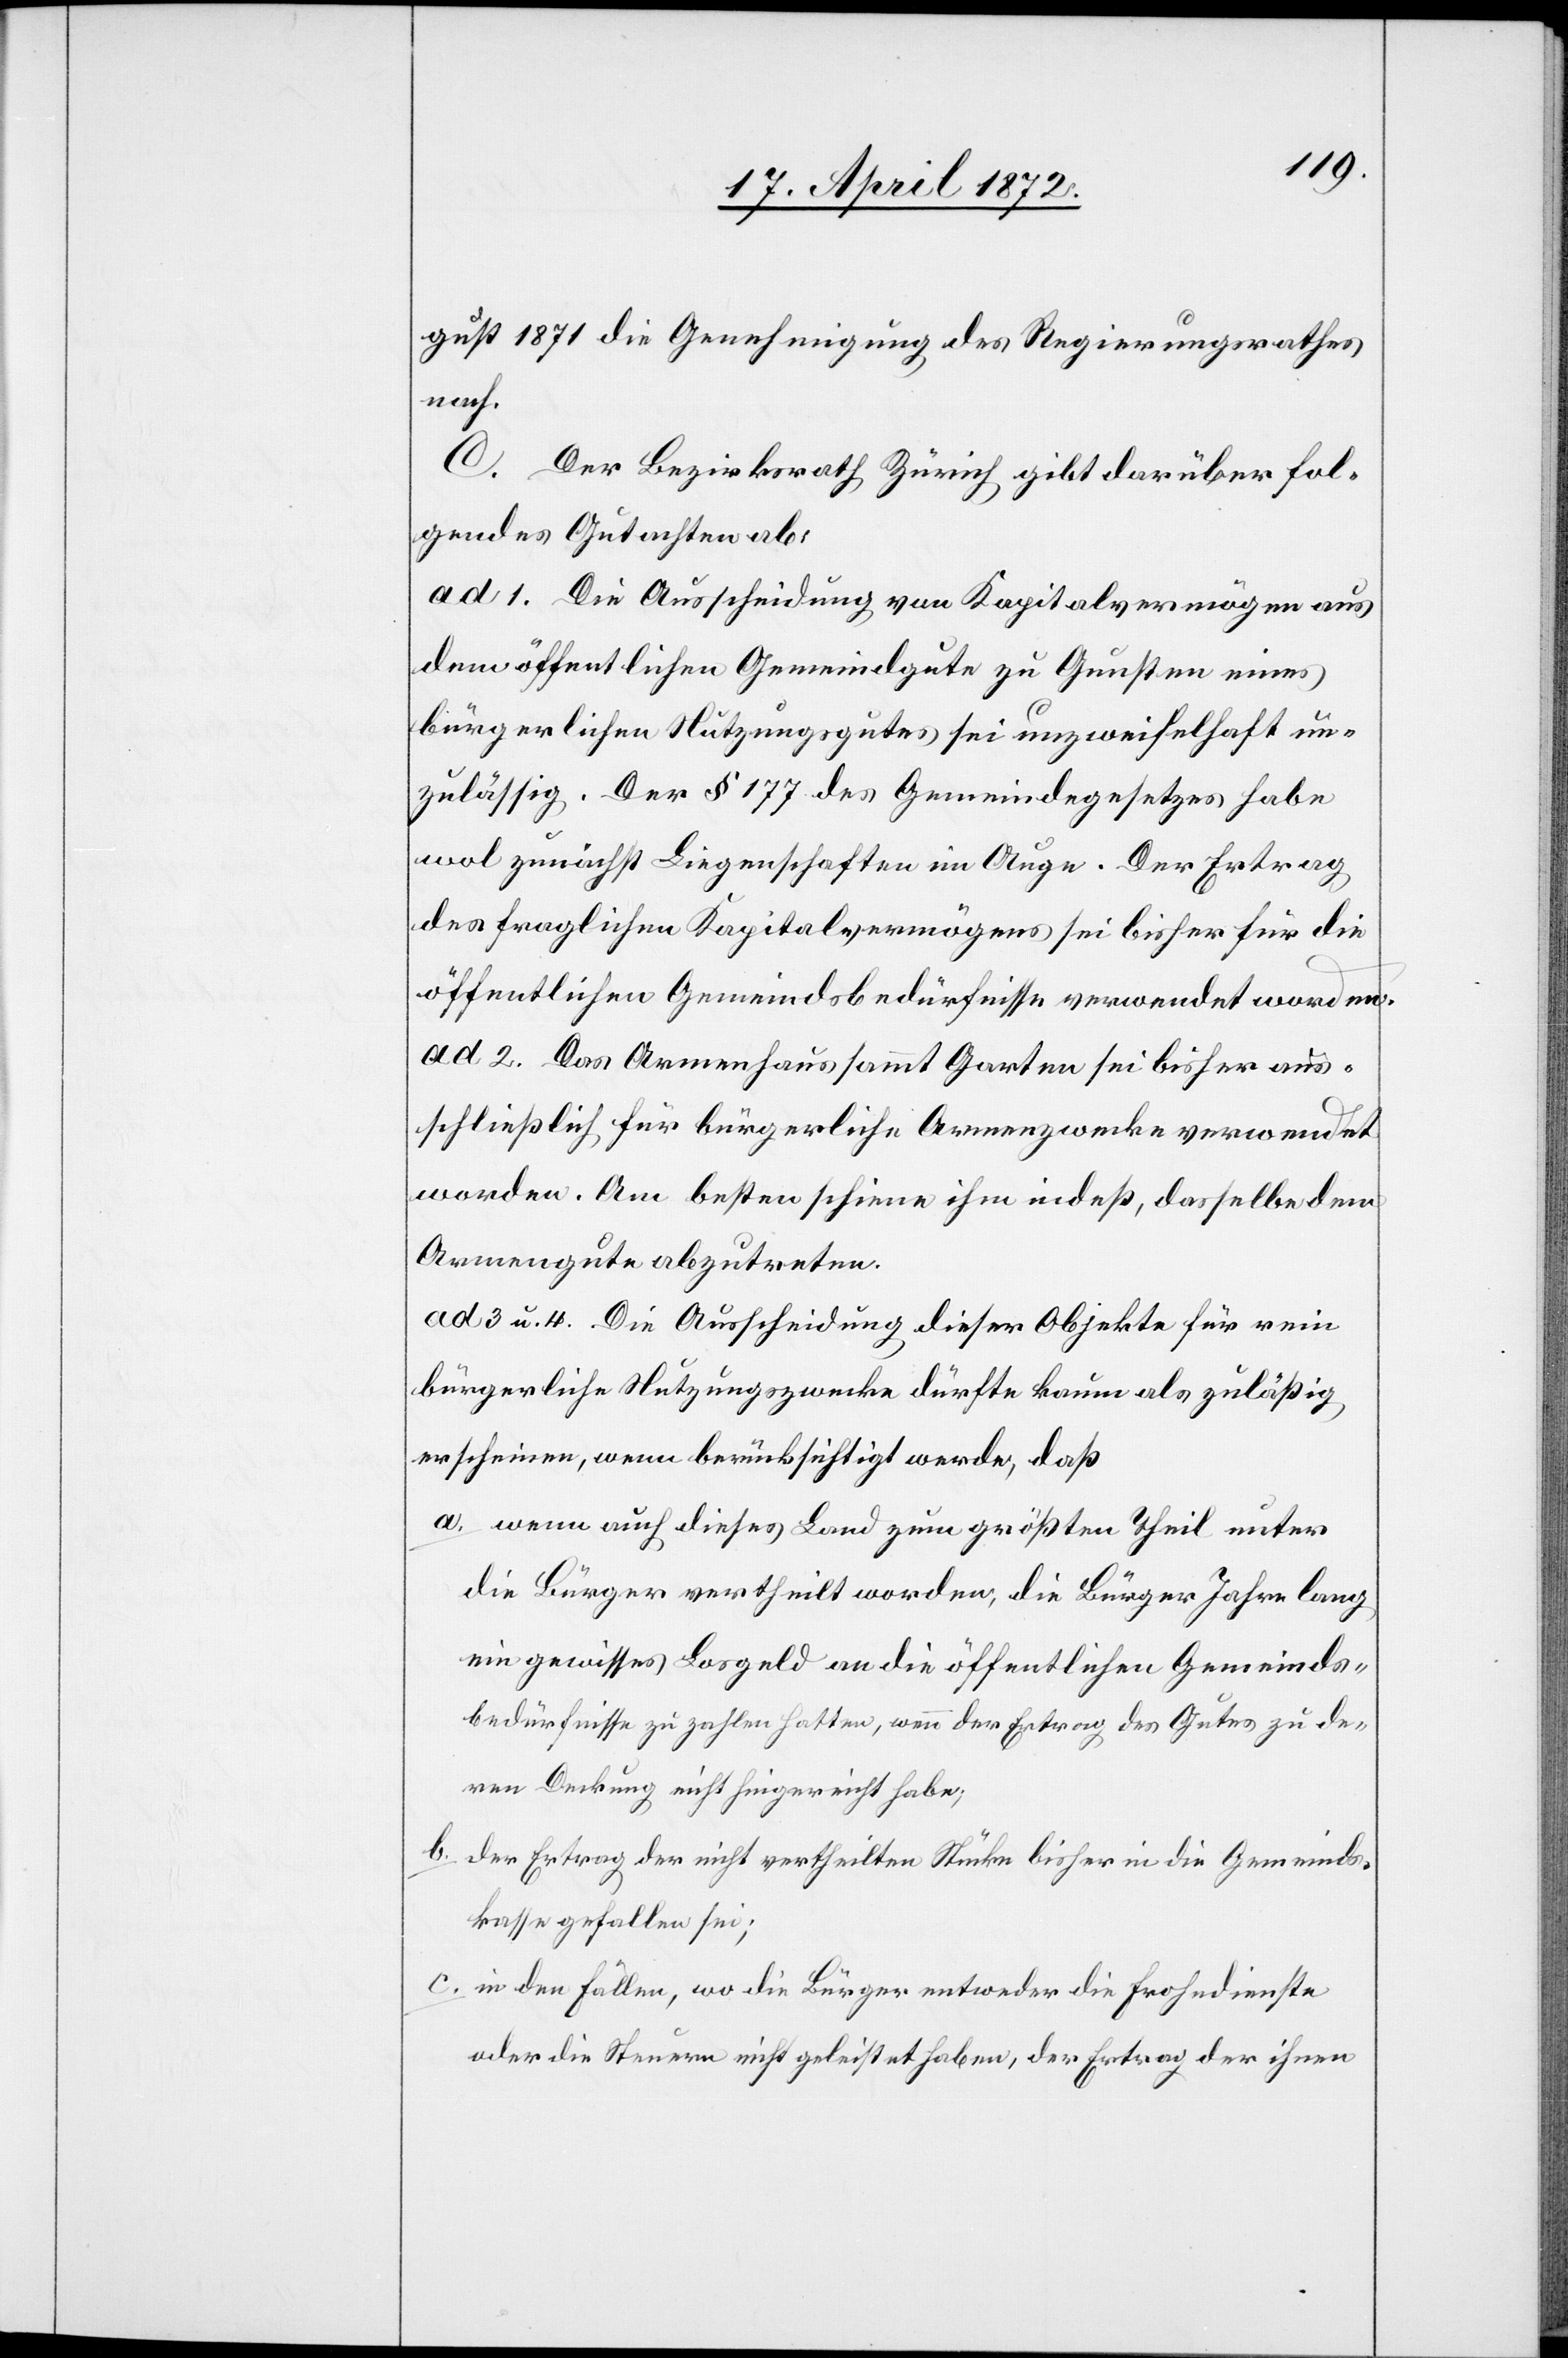
gust 1871 die Genehmigung des Regierungsrathes
nach.
D. Der Bezirksrath Zürich gibt darüber fol¬
gendes Gutachten ab:
ad 1. Die Ausscheidung von Kapitalvermögen aus
dem öffentlichen Gemeindgute zu Gunsten eines
bürgerlichen Nutzungsgutes sei unzweifelhaft un¬
zulässig. Der § 177 des Gemeindegesetzes habe
wol zunächst Liegenschaften im Auge. Der Ertrag
des fraglichen Kapitalvermögens sei bisher für die
öffentlichen Gemeindsbedürfnisse verwendet worden.
ad. 2. Das Armenhaus sammt Garten sei bisher aus¬
schließlich für bürgerliche Armenzwecke verwendet
worden. Am besten schiene ihm indeß, dasselbe dem
Armengute abzutreten.
ad. 3 u. 4. Die Ausscheidung dieser Objekte für rein
bürgerliche Nutzungszwecke dürfte kaum als zuläßig
erscheinen, wenn berücksichtigt werde, daß
a. wenn auch dieses Land zum größten Theil unter
die Bürger vertheilt worden, die Bürger Jahre lang
ein gewisses Losgeld an die öffentlichen Gemeinds¬
bedürfnisse zu zahlen hatten, wenn der Ertrag des Gutes zu de¬
ren Deckung nicht hingereicht habe;
b. der Ertrag der nicht vertheilten Stücke bisher in die Gemeinds¬
kasse gefallen sei;
c. in den Fällen, wo die Bürger entweder die Frohndienste
oder die Steuern nicht geleistet haben, der Ertrag der ihnen